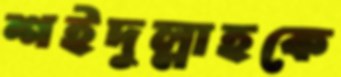
শইদুল্লাহকে